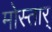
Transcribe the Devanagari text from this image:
मोस्तार्